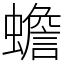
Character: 蟾